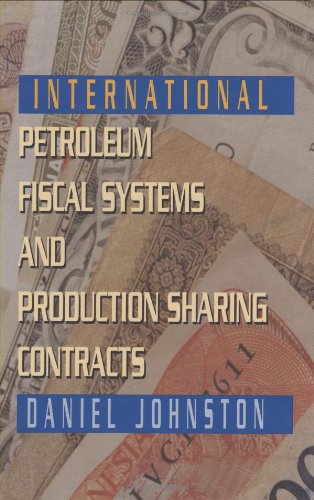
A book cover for International Petroleum Fiscal Systems and Production Sharing Contracts; Daniel Johnston; Business & Money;